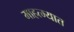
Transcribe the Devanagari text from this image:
माहत्म्यात